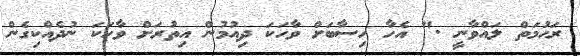
ރަހުމަތް ލައްވާނީ ." އެހާ ހިސާބަށް ވާހަކަ ދިއުމުން އިތުރަށް ވާހަކަ ނުދެއްކިގެން